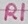
Text: R1